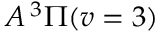
A \, { } ^ { 3 } \Pi ( v = 3 )